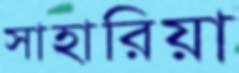
সাহারিয়া